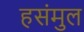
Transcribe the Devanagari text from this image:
हसंमुल